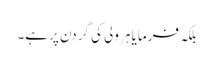
بلکہ فرمایا ہر ولی کی گردن پر ہے۔